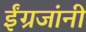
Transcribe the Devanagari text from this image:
ईंग्रजांनी